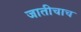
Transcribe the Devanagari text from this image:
जातीचाच